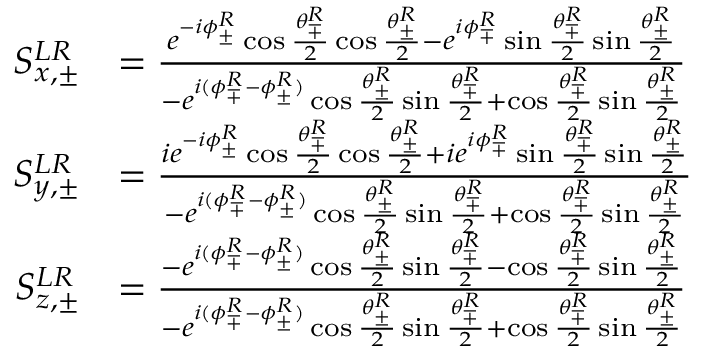
\begin{array} { r l } { S _ { x , \pm } ^ { L R } } & { = \frac { e ^ { - i \phi _ { \pm } ^ { R } } \cos { \frac { \theta _ { \mp } ^ { R } } { 2 } } \cos { \frac { \theta _ { \pm } ^ { R } } { 2 } } - e ^ { i \phi _ { \mp } ^ { R } } \sin { \frac { \theta _ { \mp } ^ { R } } { 2 } } \sin { \frac { \theta _ { \pm } ^ { R } } { 2 } } } { - e ^ { i ( \phi _ { \mp } ^ { R } - \phi _ { \pm } ^ { R } ) } \cos { \frac { \theta _ { \pm } ^ { R } } { 2 } } \sin { \frac { \theta _ { \mp } ^ { R } } { 2 } } + \cos { \frac { \theta _ { \mp } ^ { R } } { 2 } } \sin { \frac { \theta _ { \pm } ^ { R } } { 2 } } } } \\ { S _ { y , \pm } ^ { L R } } & { = \frac { i e ^ { - i \phi _ { \pm } ^ { R } } \cos { \frac { \theta _ { \mp } ^ { R } } { 2 } } \cos { \frac { \theta _ { \pm } ^ { R } } { 2 } } + i e ^ { i \phi _ { \mp } ^ { R } } \sin { \frac { \theta _ { \mp } ^ { R } } { 2 } } \sin { \frac { \theta _ { \pm } ^ { R } } { 2 } } } { - e ^ { i ( \phi _ { \mp } ^ { R } - \phi _ { \pm } ^ { R } ) } \cos { \frac { \theta _ { \pm } ^ { R } } { 2 } } \sin { \frac { \theta _ { \mp } ^ { R } } { 2 } } + \cos { \frac { \theta _ { \mp } ^ { R } } { 2 } } \sin { \frac { \theta _ { \pm } ^ { R } } { 2 } } } } \\ { S _ { z , \pm } ^ { L R } } & { = \frac { - e ^ { i ( \phi _ { \mp } ^ { R } - \phi _ { \pm } ^ { R } ) } \cos { \frac { \theta _ { \pm } ^ { R } } { 2 } } \sin { \frac { \theta _ { \mp } ^ { R } } { 2 } } - \cos { \frac { \theta _ { \mp } ^ { R } } { 2 } } \sin { \frac { \theta _ { \pm } ^ { R } } { 2 } } } { - e ^ { i ( \phi _ { \mp } ^ { R } - \phi _ { \pm } ^ { R } ) } \cos { \frac { \theta _ { \pm } ^ { R } } { 2 } } \sin { \frac { \theta _ { \mp } ^ { R } } { 2 } } + \cos { \frac { \theta _ { \mp } ^ { R } } { 2 } } \sin { \frac { \theta _ { \pm } ^ { R } } { 2 } } } } \end{array}